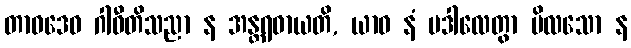
တာဝဒေဝ ဂါဝီတိသညာ န အန္တရဓာယတိ, ယာဝ နံ ပဒါလေတွာ ဗိလသော န